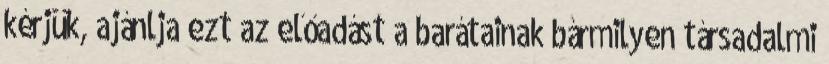
kérjük, ajánlja ezt az előadást a barátainak bármilyen társadalmi